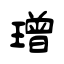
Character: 璔